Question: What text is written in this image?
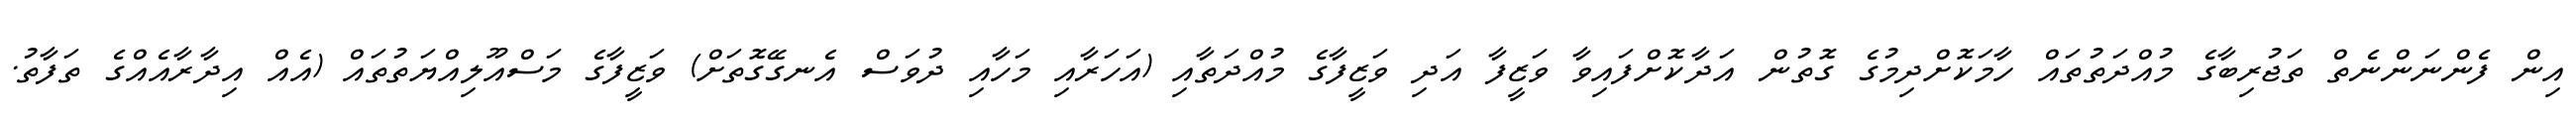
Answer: އިން ފެންނަންނެތް ތަޖުރިބާގެ މުއްދަތުތައް ހާމަކޮށްދިމުގެ ގޮތުން އަދާކޮށްފައިވާ ވަޒީފާ އަދި ވަޒީފާގެ މުއްދަތާއި (އަހަރާއި މަހާއި ދުވަސް އެނގޭގޮތަށް) ވަޒީފާގެ މަސްއޫލިއްޔަތުތައް (އެއް އިދާރާއެއްގެ ތަފާތު.